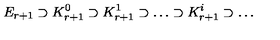
E _ { r + 1 } \supset K _ { r + 1 } ^ { 0 } \supset K _ { r + 1 } ^ { 1 } \supset \dots \supset K _ { r + 1 } ^ { i } \supset \dots